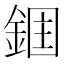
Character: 𮢉